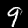
Label: 9